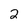
Character: 2